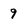
Character: 9